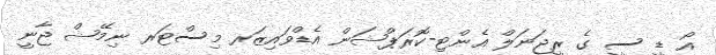
އޯ ޑީ ސީ ގެ ރީޖަނަލް އެންޓި-ކޮރަޕްޝަން އެޑްވައިޒަރ މިސްޓަރ ނިމޭޝް ޖާނީ